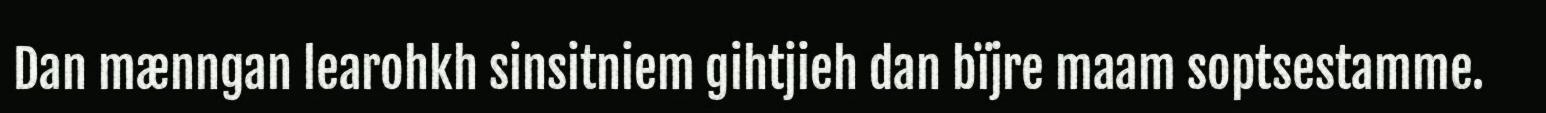
Dan mænngan learohkh sinsitniem gihtjieh dan bïjre maam soptsestamme.